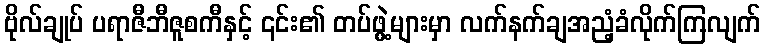
ဗိုလ်ချုပ် ပရာဇီဘီဇူစကီနှင့် ၎င်း၏ တပ်ဖွဲ့များမှာ လက်နက်ချအညံ့ခံလိုက်ကြလျက်